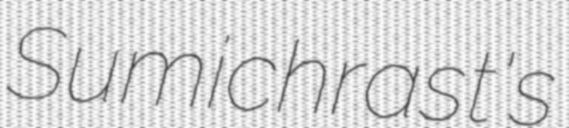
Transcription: Sumichrast's